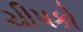
ચીપકો